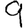
Digit: 9